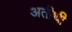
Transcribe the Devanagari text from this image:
अतीथी